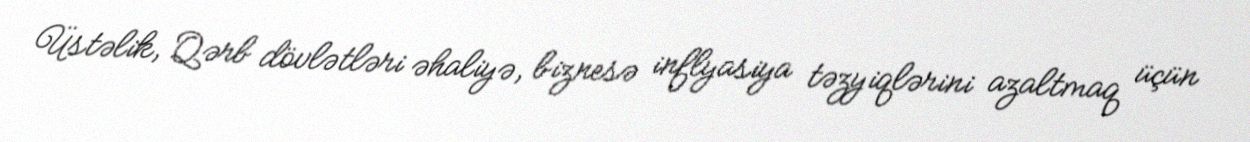
Üstəlik, Qərb dövlətləri əhaliyə, biznesə inflyasiya təzyiqlərini azaltmaq üçün